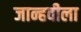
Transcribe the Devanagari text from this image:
जान्हवीला